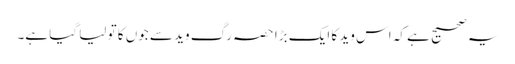
یہ صحیح ہے کہ اس وید کا ایک بڑا حصہ رگ وید سے جوں کا تو لیا گیا ہے۔